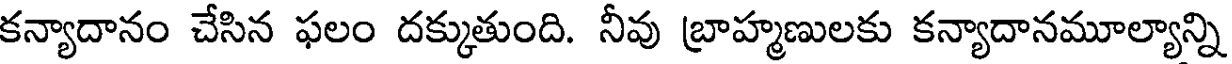
కన్యాదానం చేసిన ఫలం దక్కుతుంది. నీవు బ్రాహ్మణులకు కన్యాదానమూల్యాన్ని